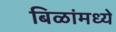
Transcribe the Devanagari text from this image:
बिळांमध्ये